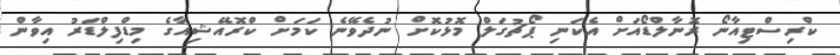
ކްރިސްޓިއާނޯ ރޮނާލްޑޯއަށް އެކަނި ޕޯޗުގަލް މޮޅުކޮށް ނުދެވޭނެ ކަމަށް ކްރޮއޭޝިއާގެ މިޑްފިލްޑަރު އިވާން